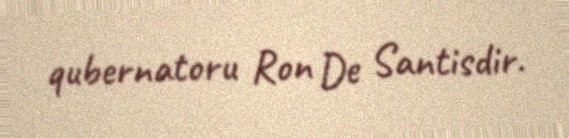
qubernatoru Ron De Santisdir.